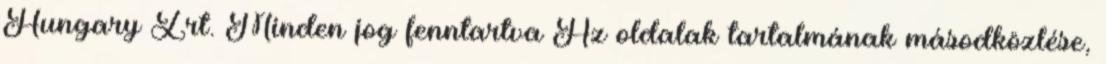
Hungary Zrt. Minden jog fenntartva Az oldalak tartalmának másodközlése,